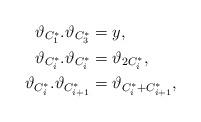
LaTeX: \begin{align*}\vartheta_{C_1^*}.\vartheta_{C_{3}^*} &= y, \\\vartheta_{C_i^*}.\vartheta_{C_{i}^*} &= \vartheta_{2C_i^*}, \\\vartheta_{C_i^*}.\vartheta_{C_{i+1}^*} &= \vartheta_{C_i^* + C_{i+1}^*},\end{align*}